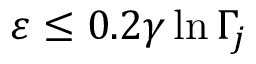
\varepsilon \leq 0 . 2 \gamma \ln \Gamma _ { j }